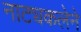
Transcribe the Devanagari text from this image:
नाट्यकलेने